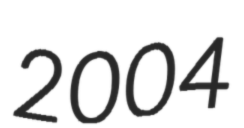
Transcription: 2004